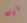
نرى